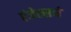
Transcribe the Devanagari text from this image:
एंजेल्सने